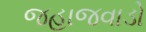
જહાજવાડો